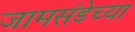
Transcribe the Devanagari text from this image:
जामसंडेच्या